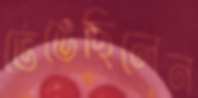
ভেঙেছিলেন